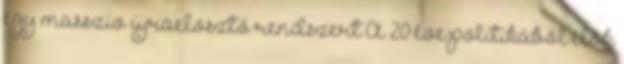
egy masszív újraelosztó rendszert A 20 éve politikából élők